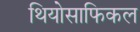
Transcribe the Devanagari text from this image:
थियोसाफिकल